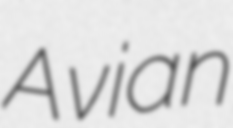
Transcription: Avian